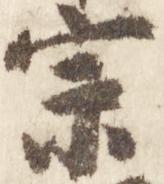
宗